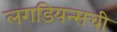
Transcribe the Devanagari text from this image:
लगडियन्सची